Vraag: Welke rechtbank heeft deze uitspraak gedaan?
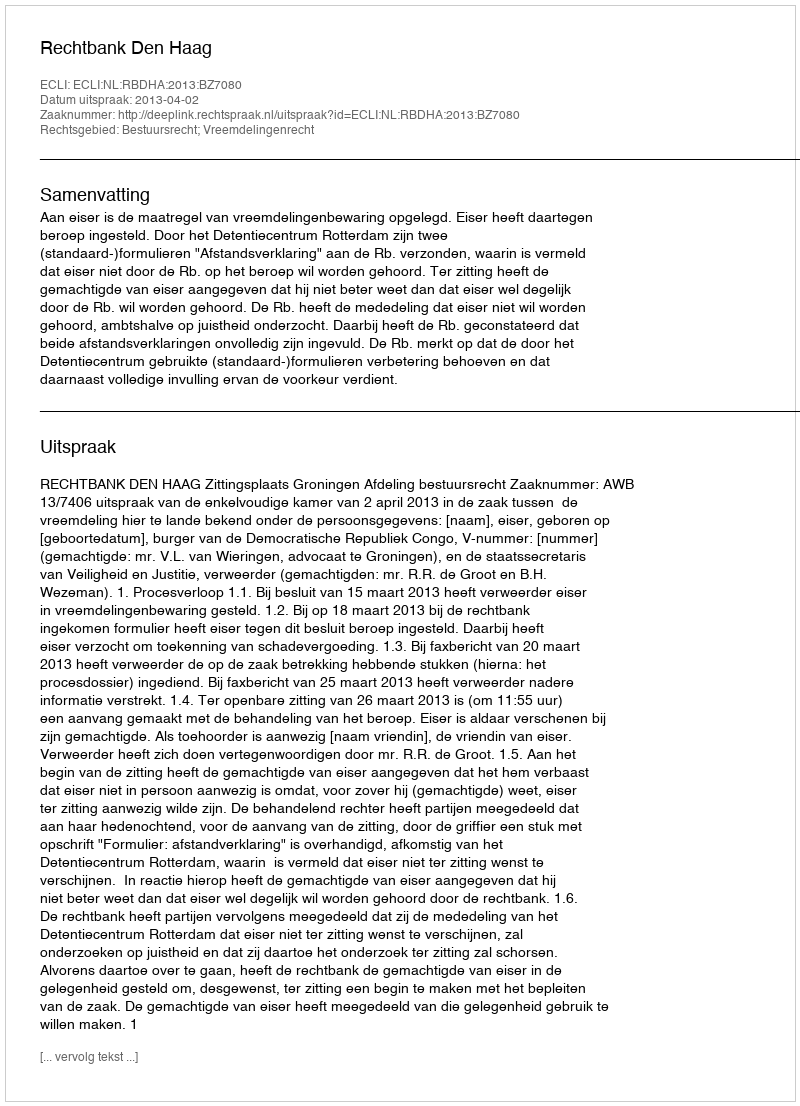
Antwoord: Rechtbank Den Haag